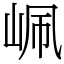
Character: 𡶺